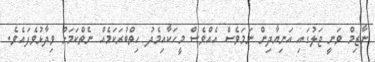
ނާޒިމް ވަނީ ޖަލުގައި އަނިޔާދިން ނަމަވެސް އެއްވެސް މީހަކާއިމެެދު ހިތްބުރަކަމެއް ނެތްކަމަށް ވިދާޅުވެފައެވެ.